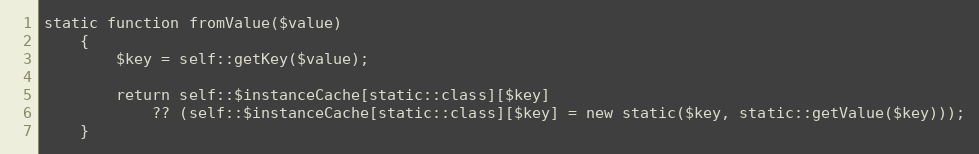
Language: PHP
static function fromValue($value)
    {
        $key = self::getKey($value);

        return self::$instanceCache[static::class][$key]
            ?? (self::$instanceCache[static::class][$key] = new static($key, static::getValue($key)));
    }